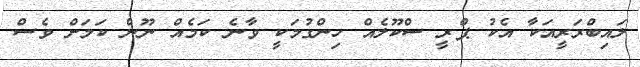
ލައިބްރަރީއަކާ އެކު ޕްރީ ސްކޫލެއް ހިންގުމަކީ ވާނެ ކަމެއް ނޫން ކަމަށް ވެސް